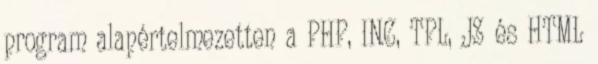
program alapértelmezetten a PHP, INC, TPL, JS és HTML